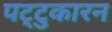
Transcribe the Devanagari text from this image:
पट्टुकारन